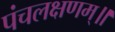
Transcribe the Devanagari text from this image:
पंचलक्षणम्‌॥